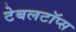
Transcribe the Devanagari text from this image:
टेबलटॉप्स